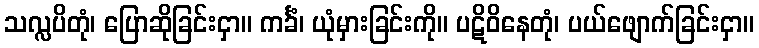
သလ္လပိတုံ၊ ပြောဆိုခြင်းငှာ။ ကင်္ခံ၊ ယုံမှားခြင်းကို။ ပဋိဝိနေတုံ၊ ပယ်ဖျောက်ခြင်းငှာ။